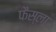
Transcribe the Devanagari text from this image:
फैस्ला